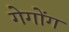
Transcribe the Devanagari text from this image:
गेगोंग